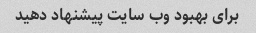
برای بهبود وب سایت پیشنهاد دهید